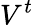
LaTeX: V^{t}